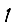
Digit: 1